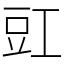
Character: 豇